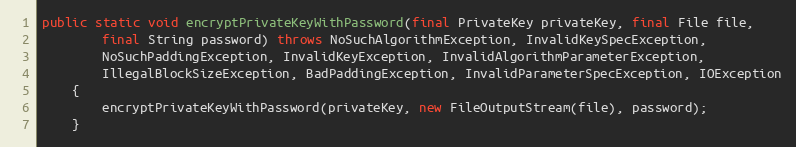
Language: Java
public static void encryptPrivateKeyWithPassword(final PrivateKey privateKey, final File file,
		final String password) throws NoSuchAlgorithmException, InvalidKeySpecException,
		NoSuchPaddingException, InvalidKeyException, InvalidAlgorithmParameterException,
		IllegalBlockSizeException, BadPaddingException, InvalidParameterSpecException, IOException
	{
		encryptPrivateKeyWithPassword(privateKey, new FileOutputStream(file), password);
	}